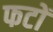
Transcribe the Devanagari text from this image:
फटों